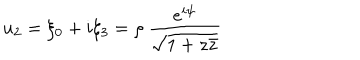
u _ { 2 } = \xi _ { 0 } + i \xi _ { 3 } = \rho ~ \frac { e ^ { i \psi } } { \sqrt { 1 + z \bar { z } } }